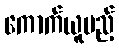
ကောက်ယူမည့်